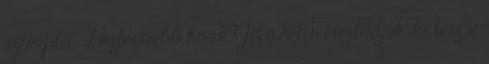
szereplőt. Legfrissebb hírek Jövő héten megtudjuk, ki lesz a